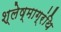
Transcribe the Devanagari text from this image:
श्लेष्माग्रंथि